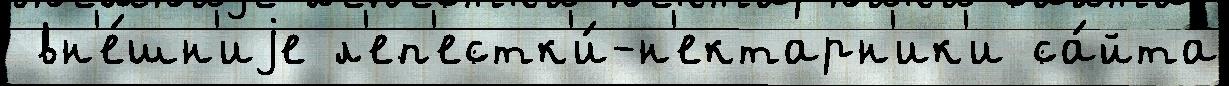
 вн'е́шн'иjе л'еп'естк'и́-н'ектарн'ик'и са́йта